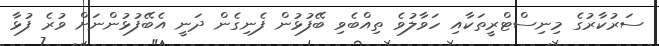
ސަރުކާރުގެ މިނިސްޓްރީތަކާއި ހަވާލުވެ ތިއްބެވި ބޭފުޅުން ފެނިގެން ދަނީ އެބޭފުޅުންނަށް ވުރެ ފުޅާ